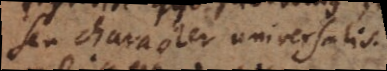
seu character universalis.